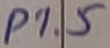
Text: P1.5